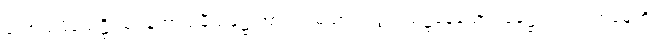
ကောသမ္ဗိသေဋ္ဌိဿ၊ ကောသမ္ဗီသဋ္ဌေးအား။ “မယာ၊ ငါရွာငယ်၌နေသော သဋ္ဌေးသည်။ တုမှေဟိ၊